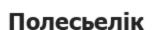
Полесьелік